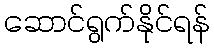
ဆောင်ရွက်နိုင်ရန်